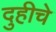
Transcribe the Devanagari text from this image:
दुहीचे